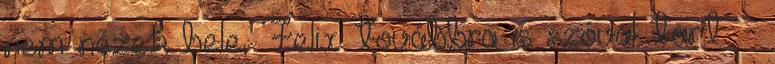
nem nézek bele, Felix továbbra is szóval tart. -